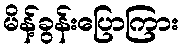
မိန့်ခွန်းပြောကြား